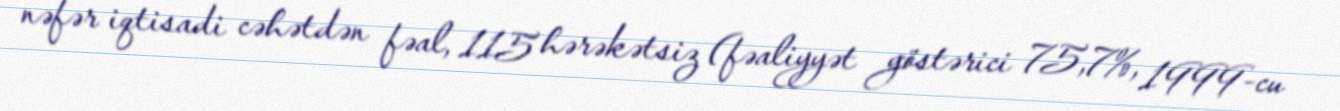
nəfər iqtisadi cəhətdən fəal, 115 hərəkətsiz (fəaliyyət göstərici 75,7%, 1999-cu